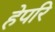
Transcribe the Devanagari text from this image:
हेपरि